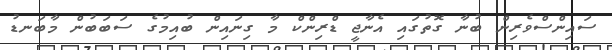
ސައިންސްވެރިން ބުނާ ގޮތުގައި އެނާޖީ ޑްރިންކް މާ ގިނައިން ބުއިމުގެ ސަބަބުން މާބަނޑު